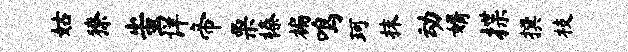
姑獠蚩详帝栗榛褊鸣珂抹动婿揲撰枝